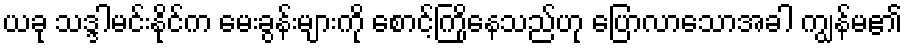
ယခု သဒ္ဒါမင်းနိုင်က မေးခွန်းများကို စောင့်ကြိုနေသည်ဟု ပြောလာသောအခါ ကျွန်မ၏